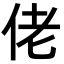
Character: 佬